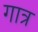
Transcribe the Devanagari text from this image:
गात्र